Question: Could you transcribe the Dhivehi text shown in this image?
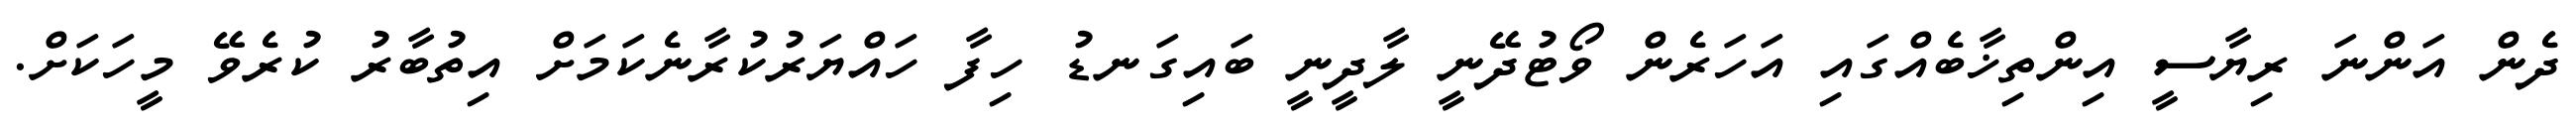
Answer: ދެން އަންނަ ރިޔާސީ އިންތިޚާބެއްގައި އަހަރެން ވޯޓުދޭނީ ލާދީނީ ބައިގަނޑު ހިފާ ހައްޔަރުކުރާނެކަމަށް އިތުބާރު ކުރެވޭ މީހަކަށް.